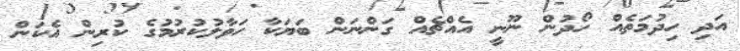
އަދި ހިދުމަތެއް ހޯދުން ނޫނީ އެއްޗެއް ގަންނަން ބަޔަކާ ހަވާލުކުރުމުގެ ކުރިން އެކަން